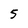
Character: 5